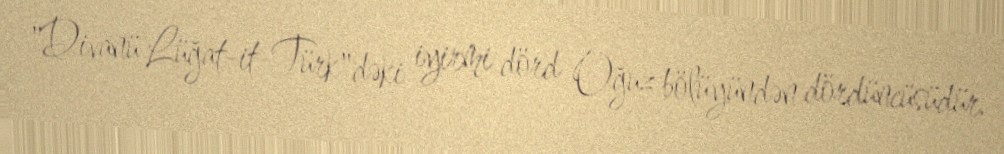
"Divanü Lüğat-it-Türk"dəki iyirmi dörd Oğuz bölüyündən dördüncüsüdür.